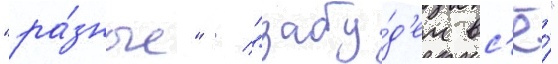
"ра́зные" / "забу́д'ем вс'ё́"